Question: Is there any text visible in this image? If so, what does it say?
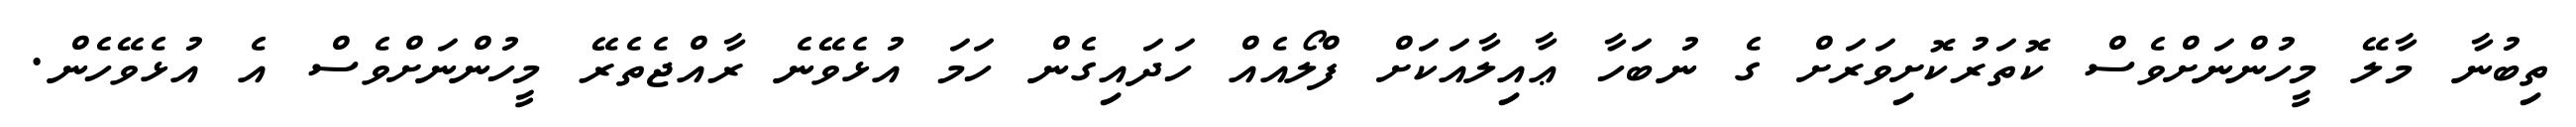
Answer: ތިބުނާ މާލޭ މީހުންނަށްވެސް ކޮތަރުކޮށިވަރަށް ގެ ނުބަހާ ޢާއިލާއަކަށް ފްލޯއެއް ހަދައިގެން ހަމަ އުޅެވޭނެ ރާއްޖެތެރޭ މީހުންނަށްވެސް އެ އުޅެވޭހެން.